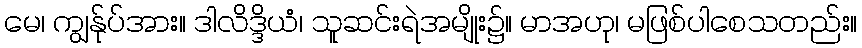
မေ၊ ကျွန်ုပ်အား။ ဒါလိဒ္ဒိယံ၊ သူဆင်းရဲအမျိုး၌။ မာအဟု၊ မဖြစ်ပါစေသတည်း။